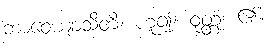
ဘာဝေယျာသီတိ၊ ဟူ၍။ ဝုတ္တံ၊ ၏။